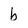
Character: b